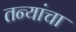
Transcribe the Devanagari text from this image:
तन्यांचा